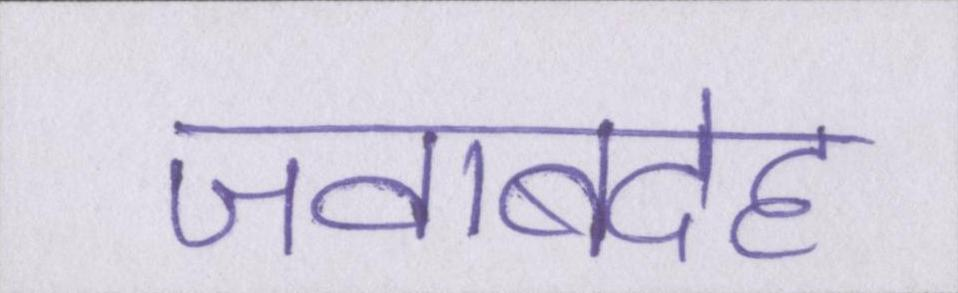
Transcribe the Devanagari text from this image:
जवाबदेह